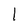
Character: 1